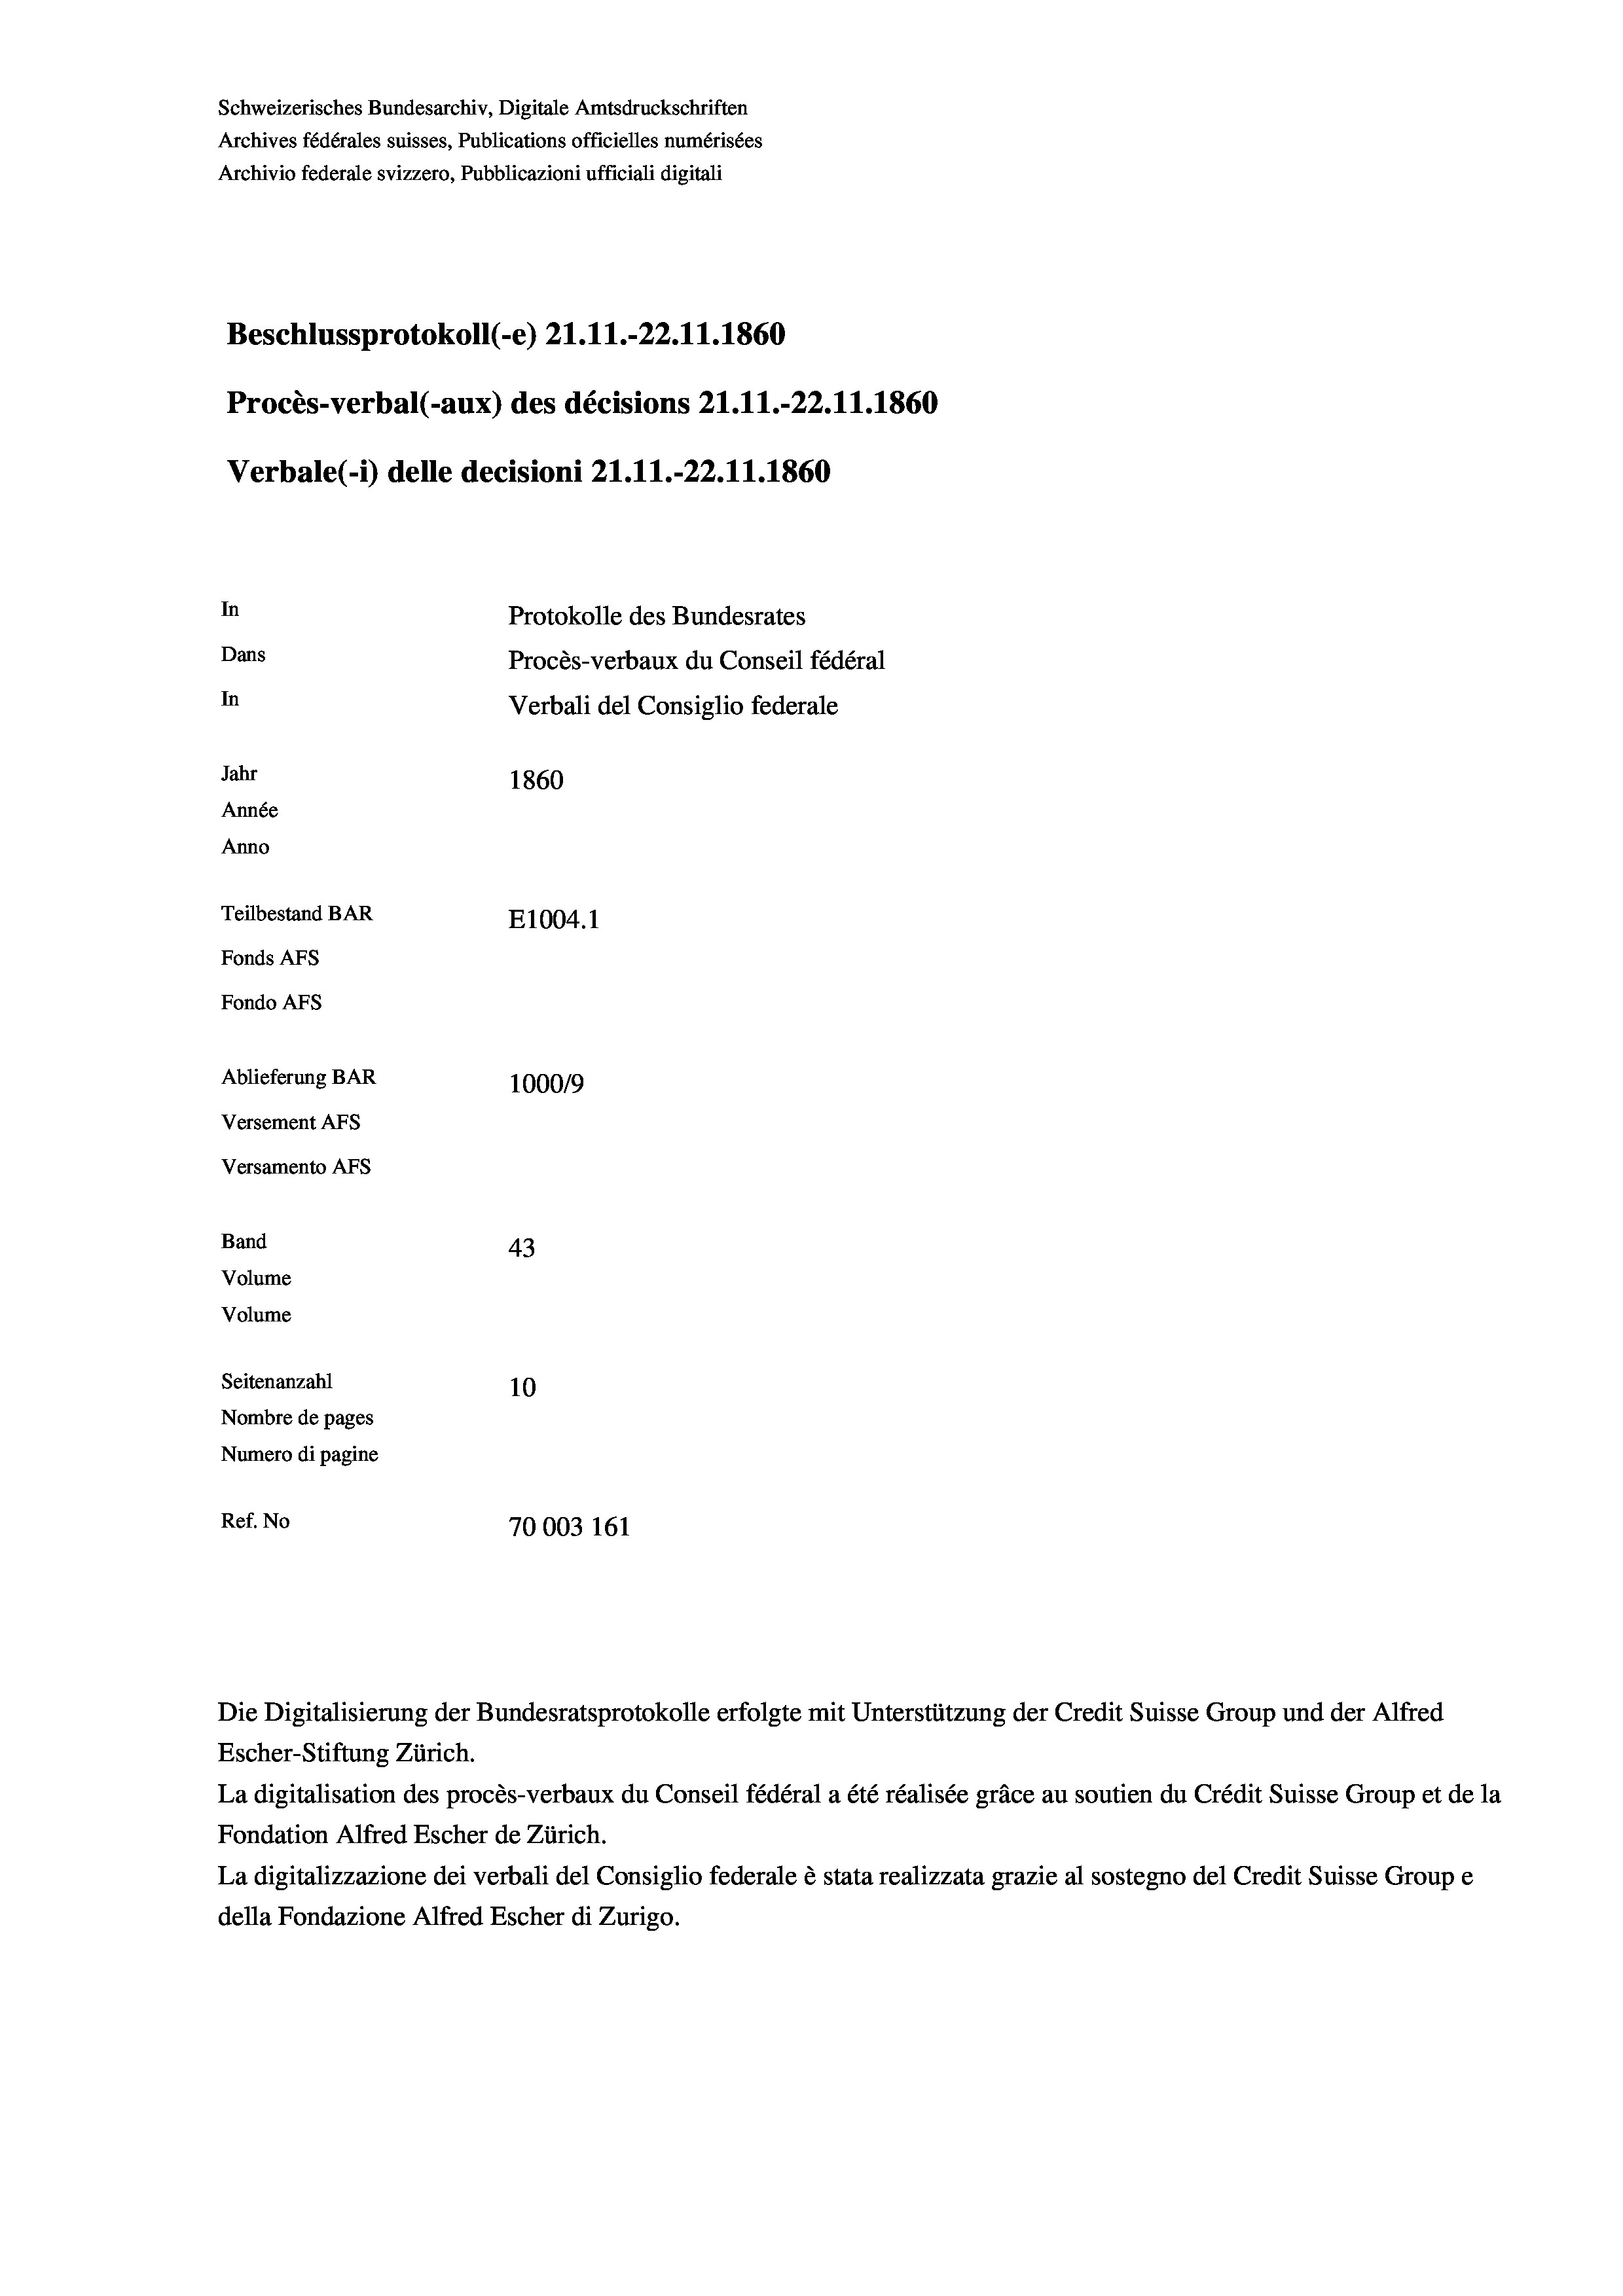
Schweizerisches Bundesarchiv, Digitale Amtsdruckschriften
Archives fédérales suisses, Publications officielles numérisées
Archivio federale svizzero, Pubblicazioni ufficiali digitali
Beschlussprotokoll (-e) 21.11.-22.11.1860
Procès-verbal (-aux) des décisions 21.11.-22.11.1860
Verbale(-*) delle decisioni 21.11.-22.11.1860
In
Protokolle des Bundesrates
Dans
Procès-verbaux du Conseil fédéral
In
Verbali del Consiglio federale
Jahr
1860
Année
Anno
Teilbestand BAR
E1004. 1
Fonds AFs
Fondo Afs

Ablieferung BAR
Versement AFs
Versamento Afs
Band
Volume
Volume

100019
43
Seitenanzahl
10
Nombre de pages
Numero di pagine
Ref. No
70003 161

Escher-Stiftung Zürich.
La digitalisation des procès-verbaux du Conseil fédéral a été réalisée gräce au soutien du Crédit Suisse Group et de la
Fondation Alfred Escher de Zürich.
La digitalizzazione dei verbali del Consiglio federale è stata realizzata grazie al sostegno del Credit Suisse Groupe
della Fondazione Alfred Escher di Zurigo.

Die Digitalisierung der Bundesratsprotokolle erfolgte mit Unterstützung der Credit Suisse Group und der Alfred